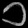
Digit: ၁